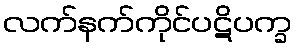
လက်နက်ကိုင်ပဋိပက္ခ